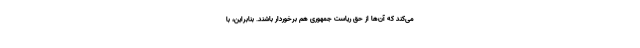
می‌کند که آن‌ها از حق ریاست جمهوری هم برخوردار باشند. بنابراین، با